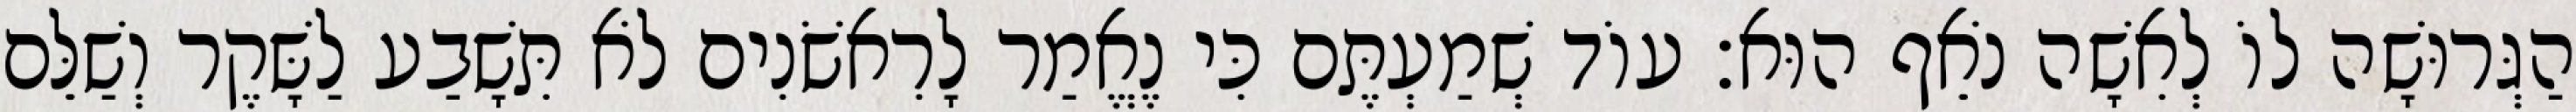
הַגְּרוּשָׁה לוֹ לְאִשָׁה נֹאֵף הוּא׃ עוֹד שְׁמַעְתֶּם כִּי נֶאֱמַר לָרִאשֹׁנִים לֹא תִּשָׁבַע לַשָּׁקֶר וְשַׁלֵּם